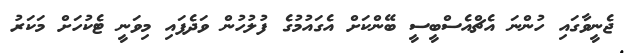
ޖެނީވާގައި ހުންނަ އެޗްއެސްބީސީ ބޭންކަށް އެގައުމުގެ ފުލުހުން ވަދެފައި މިވަނީ ޓެކުހަށް މަކަރު